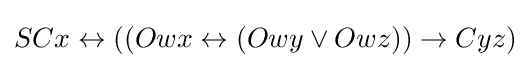
SCx\leftrightarrow ((Owx\leftrightarrow (Owy\lor Owz))\rightarrow Cyz)